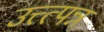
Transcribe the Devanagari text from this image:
उत्त्त्पन्न